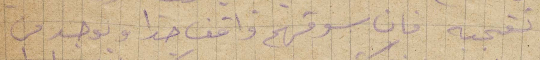
لقجيه فان سوقهم واقف جدا ويوجد من